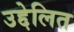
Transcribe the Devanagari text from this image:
उद्देलित